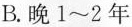
B.晚1\sim2年